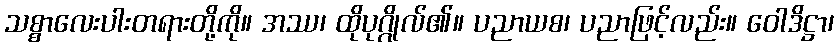
သစ္စာလေးပါးတရားတို့ကို။ အဿ၊ ထိုပုဂ္ဂိုလ်၏။ ပညာယစ၊ ပညာဖြင့်လည်း။ ဝေါဒိဋ္ဌာ၊